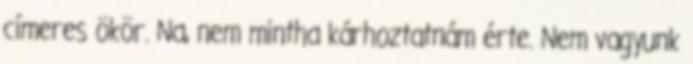
címeres ökör. Na, nem mintha kárhoztatnám érte. Nem vagyunk